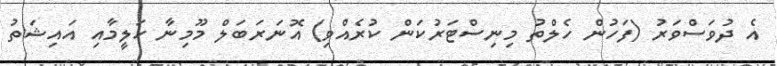
އެ ދުވަސްވަރު (ފަހުން ހެލްތު މިނިސްޓަރުކަން ކުރެއްވި) އޮނަރަބަލް މޫމިނާ ހަލީމާއި އައިޝަތު